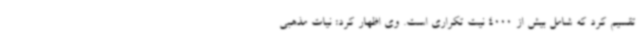
تقسیم کرد که شامل بیش از 4000 نیت تکراری است. وی اظهار کرد: نیات مذهبی